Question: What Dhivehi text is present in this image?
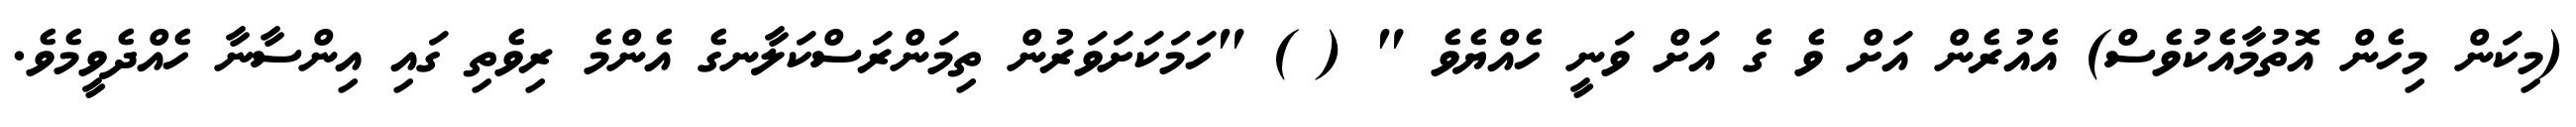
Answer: (މިކަން މިހެން އޮތުމާއެކުވެސް) އެއުރެން އަށް ވެ ގެ އަށް ވަނީ ހެއްޔެވެ " ( ) "ހަމަކަށަވަރުން ތިމަންރަސްކަލާނގެ އެންމެ ރިވެތި ގައި އިންސާނާ ހެއްދެވީމެވެ.